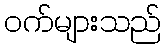
ဝက်များသည်